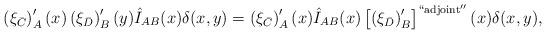
LaTeX: \begin{align*}\left(\xi_{\bar C}\right)'_A(x)\left(\xi_{\bar D}\right)'_B(y)\hat I_{AB}(x)\delta(x,y)=\left(\xi_{\bar C}\right)'_A(x)\hat I_{AB}(x)\left[\left(\xi_{\bar D}\right)'_B\right]^{\rm ``adjoint''}(x)\delta(x,y),\end{align*}